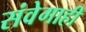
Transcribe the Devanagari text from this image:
संवेगाही